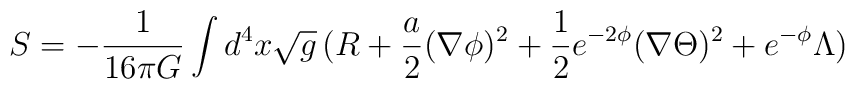
S = - \frac{1}{16 \pi G} \int d^4 x \sqrt{g} \,( R + \frac{a}{2} (\nabla \phi)^2+ \frac{1}{2} e^{- 2 \phi} (\nabla \Theta)^2+ e^{- \phi} \Lambda)